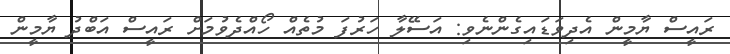
ރައީސް ޔާމީން އެދިވަޑައިގެންނެވި: އަސޭލާ ހަރުފަ މުތެއް ހޯއްދެވުމަށް ރައީސް އަބްދު ޔާމީން